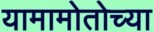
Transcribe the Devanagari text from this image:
यामामोतोच्या